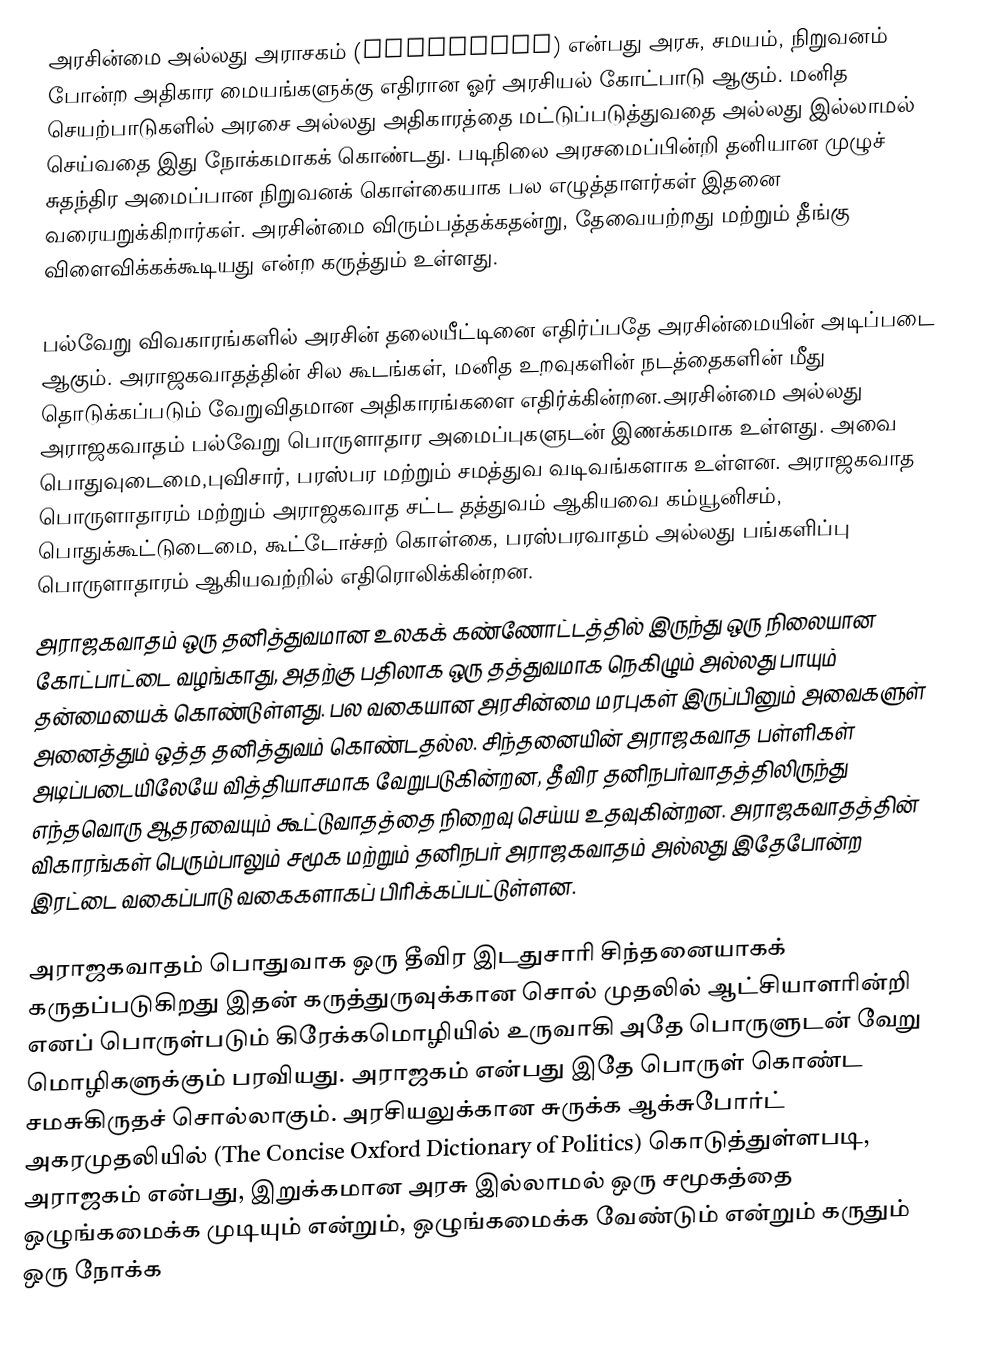
அரசின்மை அல்லது அராசகம் (Anarchism) என்பது அரசு, சமயம், நிறுவனம் போன்ற அதிகார மையங்களுக்கு எதிரான ஓர் அரசியல் கோட்பாடு ஆகும். மனித செயற்பாடுகளில் அரசை அல்லது அதிகாரத்தை மட்டுப்படுத்துவதை அல்லது இல்லாமல் செய்வதை இது நோக்கமாகக் கொண்டது. படிநிலை அரசமைப்பின்றி தனியான  முழுச் சுதந்திர அமைப்பான நிறுவனக் கொள்கையாக பல எழுத்தாளர்கள் இதனை வரையறுக்கிறார்கள். அரசின்மை  விரும்பத்தக்கதன்று, தேவையற்றது மற்றும் தீங்கு விளைவிக்கக்கூடியது என்ற கருத்தும் உள்ளது.

பல்வேறு விவகாரங்களில் அரசின் தலையீட்டினை எதிர்ப்பதே அரசின்மையின் அடிப்படை ஆகும். அராஜகவாதத்தின் சில கூடங்கள், மனித உறவுகளின் நடத்தைகளின் மீது தொடுக்கப்படும் வேறுவிதமான அதிகாரங்களை எதிர்க்கின்றன.அரசின்மை அல்லது அராஜகவாதம் பல்வேறு பொருளாதார அமைப்புகளுடன் இணக்கமாக உள்ளது. அவை பொதுவுடைமை,புவிசார், பரஸ்பர மற்றும் சமத்துவ வடிவங்களாக உள்ளன. அராஜகவாத பொருளாதாரம் மற்றும் அராஜகவாத சட்ட தத்துவம் ஆகியவை கம்யூனிசம், பொதுக்கூட்டுடைமை, கூட்டோச்சற் கொள்கை, பரஸ்பரவாதம் அல்லது பங்களிப்பு பொருளாதாரம் ஆகியவற்றில் எதிரொலிக்கின்றன.
அராஜகவாதம் ஒரு தனித்துவமான உலகக் கண்ணோட்டத்தில் இருந்து ஒரு நிலையான கோட்பாட்டை வழங்காது, அதற்கு பதிலாக ஒரு தத்துவமாக நெகிழும் அல்லது பாயும் தன்மையைக் கொண்டுள்ளது. பல வகையான அரசின்மை மரபுகள் இருப்பினும் அவைகளுள் அனைத்தும் ஒத்த தனித்துவம் கொண்டதல்ல. சிந்தனையின் அராஜகவாத பள்ளிகள் அடிப்படையிலேயே வித்தியாசமாக வேறுபடுகின்றன, தீவிர தனிநபர்வாதத்திலிருந்து எந்தவொரு ஆதரவையும் கூட்டுவாதத்தை நிறைவு செய்ய உதவுகின்றன. அராஜகவாதத்தின் விகாரங்கள் பெரும்பாலும் சமூக மற்றும் தனிநபர் அராஜகவாதம் அல்லது இதேபோன்ற இரட்டை வகைப்பாடு வகைகளாகப் பிரிக்கப்பட்டுள்ளன.

அராஜகவாதம் பொதுவாக ஒரு தீவிர இடதுசாரி சிந்தனையாகக் கருதப்படுகிறது  இதன் கருத்துருவுக்கான சொல் முதலில் ஆட்சியாளரின்றி எனப் பொருள்படும் கிரேக்கமொழியில் உருவாகி அதே பொருளுடன் வேறு மொழிகளுக்கும் பரவியது. அராஜகம் என்பது இதே பொருள் கொண்ட சமசுகிருதச் சொல்லாகும். அரசியலுக்கான சுருக்க ஆக்சுபோர்ட் அகரமுதலியில் (The Concise Oxford Dictionary of Politics) கொடுத்துள்ளபடி, அராஜகம் என்பது, இறுக்கமான அரசு இல்லாமல் ஒரு சமூகத்தை ஒழுங்கமைக்க முடியும் என்றும், ஒழுங்கமைக்க வேண்டும் என்றும் கருதும் ஒரு நோக்க